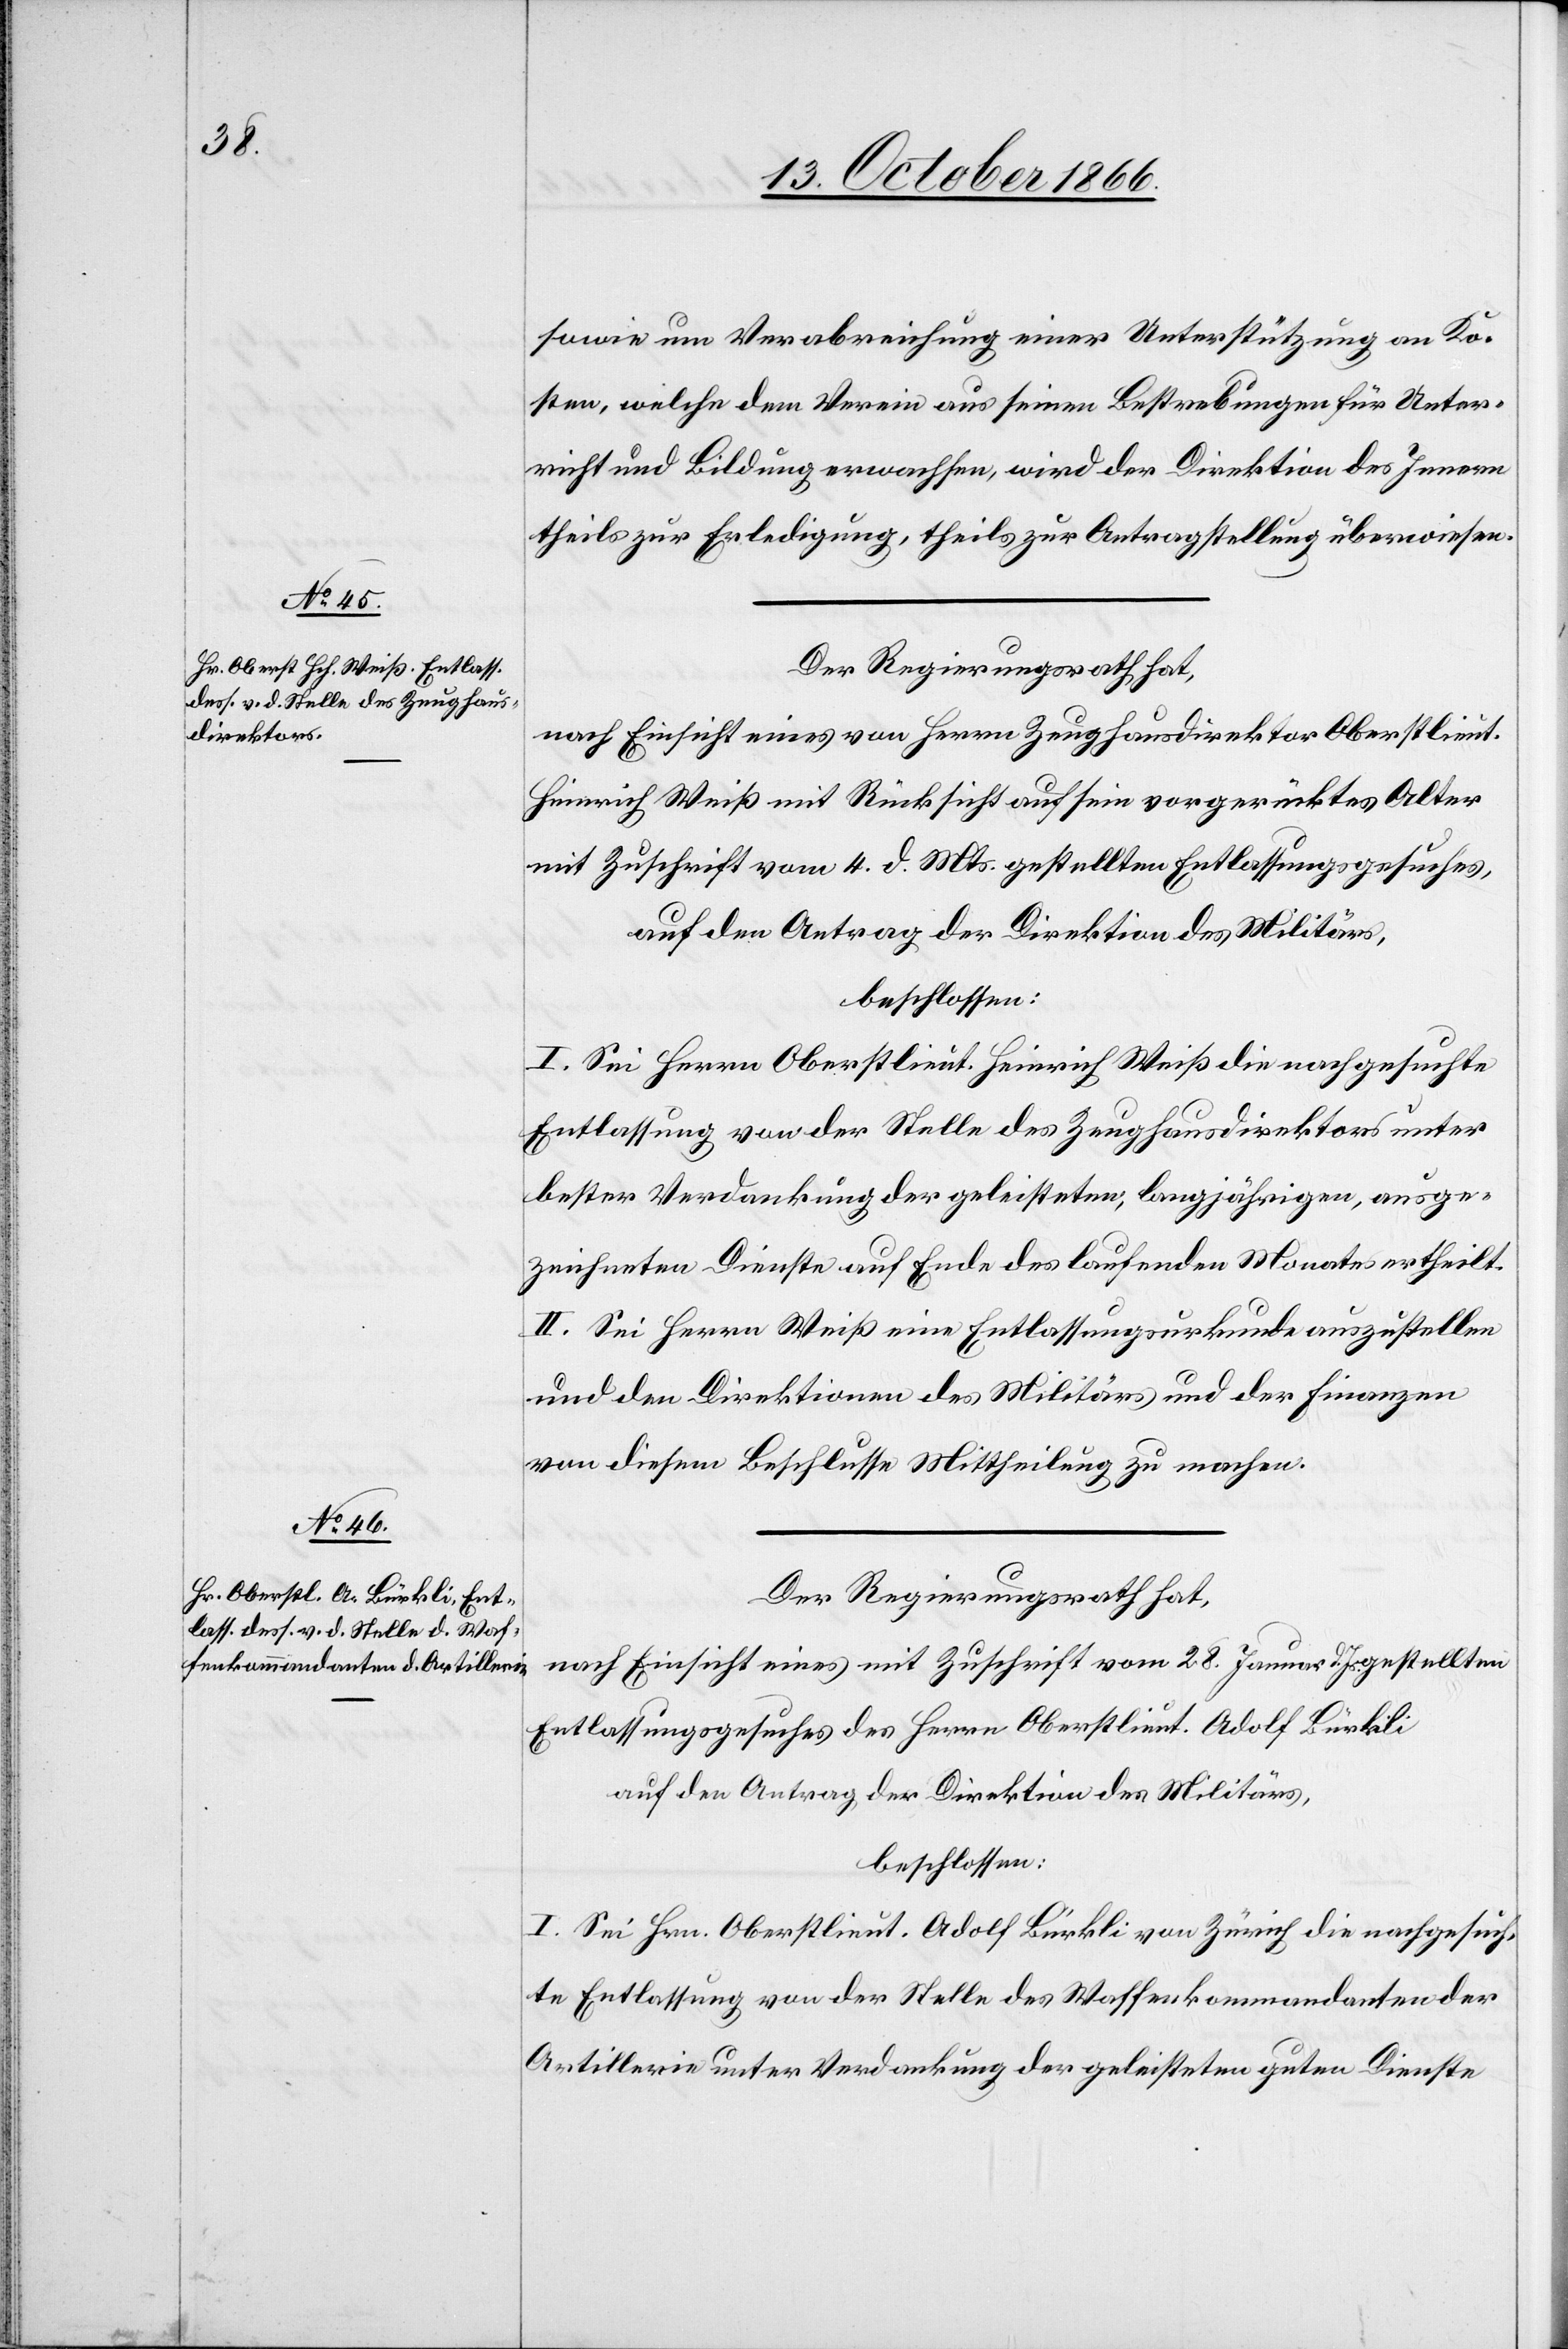
sowie um Verabreichung einer Unterstützung an Ko¬
sten, welche dem Verein aus seinen Bestrebungen für Unter¬
richt und Bildung erwachsen, wird der Direktion des Innern
theils zur Erledigung, theils zur Antragstellung überwiesen.
Der Regierungsrath hat,
nach Einsicht eines von Herrn Zeughausdirektor Oberstlieut.
Heinrich Weiß mit Rücksicht auf sein vorgerücktes Alter
mit Zuschrift vom 4. d. Mts. gestellten Entlassungsgesuches,
auf den Antrag der Direktion des Militärs,
beschlossen:
I. Sei Herrn Oberstlieut. Heinrich Weiß die nachgesuchte
Entlassung von der Stelle des Zeughausdirektors unter
bester Verdankung der geleisteten, langjährigen, ausge¬
zeichneten Dienste auf Ende des laufenden Monates ertheilt.
II. Sei Herrn Weiß eine Entlassungsurkunde auszustellen
und den Direktionen des Militärs und der Finanzen
von diesem Beschlusse Mittheilung zu machen.
Der Regierungsrath hat,
nach Einsicht eines mit Zuschrift vom 28. Januar d. Js. gestellten
Entlassungsgesuches des Herrn Oberstlieut. Adolf Bürkli
auf den Antrag der Direktion des Militärs,
beschlossen:
I. Sei Hrn. Oberstlieut. Adolf Bürkli von Zürich die nachgesuch¬
te Entlassung von der Stelle des Waffenkommandanten der
Artillerie unter Verdankung der geleisteten guten Dienste